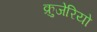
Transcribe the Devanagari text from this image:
क्रुजेरियो